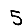
Digit: 5